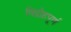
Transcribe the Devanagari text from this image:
विद्रोहपूर्ण